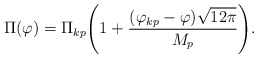
\begin{align*}\Pi(\varphi)=\Pi_{kp}\Biggl(1 +\frac{ (\varphi_{kp}-\varphi)\sqrt{12 \pi}}{M_{p}} \Biggr).\end{align*}